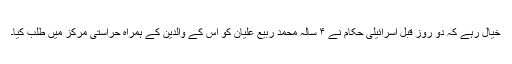
خیال رہے کہ دو روز قبل اسرائیلی حکام نے ۴ سالہ محمد ربیع علیان کو اس کے والدین کے ہمراہ حراستی مرکز میں طلب کیا۔